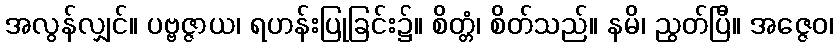
အလွန်လျှင်။ ပဗ္ဗဇ္ဇာယ၊ ရဟန်းပြုခြင်း၌။ စိတ္တံ၊ စိတ်သည်။ နမိ၊ ညွတ်ပြီ။ အဇ္ဇေဝ၊